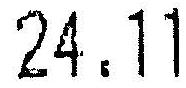
24.11